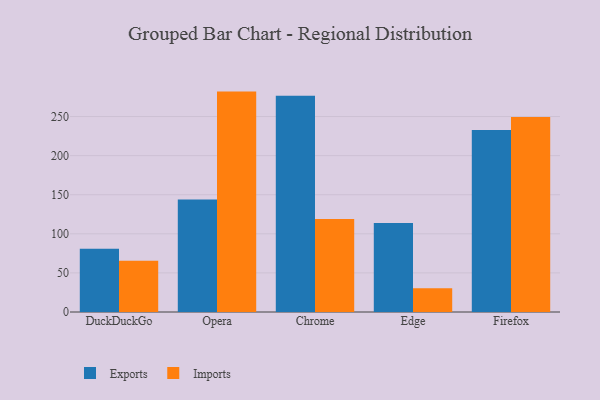
{"axis": {"x": "Browser", "y": "Backlog"}, "legend": ["Exports", "Imports"], "data": [{"x": "DuckDuckGo", "y": 80.9, "type": "Exports"}, {"x": "DuckDuckGo", "y": 65.7, "type": "Imports"}, {"x": "Opera", "y": 143.8, "type": "Exports"}, {"x": "Opera", "y": 281.9, "type": "Imports"}, {"x": "Chrome", "y": 276.7, "type": "Exports"}, {"x": "Chrome", "y": 118.8, "type": "Imports"}, {"x": "Edge", "y": 113.9, "type": "Exports"}, {"x": "Edge", "y": 30.3, "type": "Imports"}, {"x": "Firefox", "y": 232.8, "type": "Exports"}, {"x": "Firefox", "y": 249.3, "type": "Imports"}]}